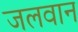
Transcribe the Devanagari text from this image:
जलवान